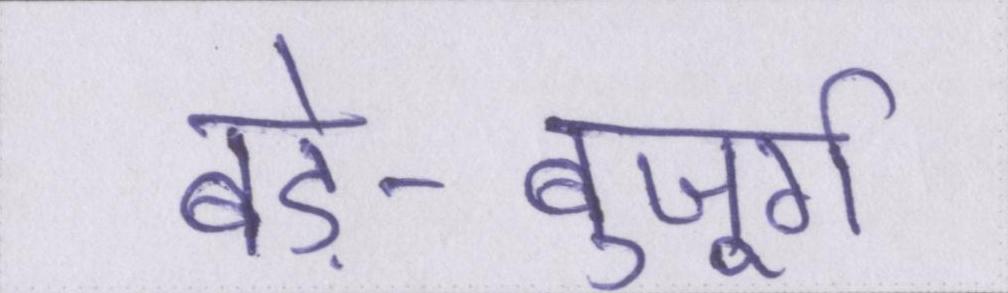
बड़े-बुजूर्ग